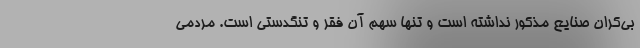
بی‌کران صنایع مذکور نداشته است و تنها سهم آن فقر و تنگدستی است. مردمی